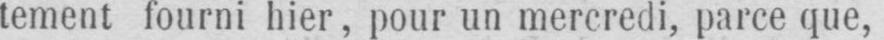
tement fourni hier, pour un mercredi, parce que,